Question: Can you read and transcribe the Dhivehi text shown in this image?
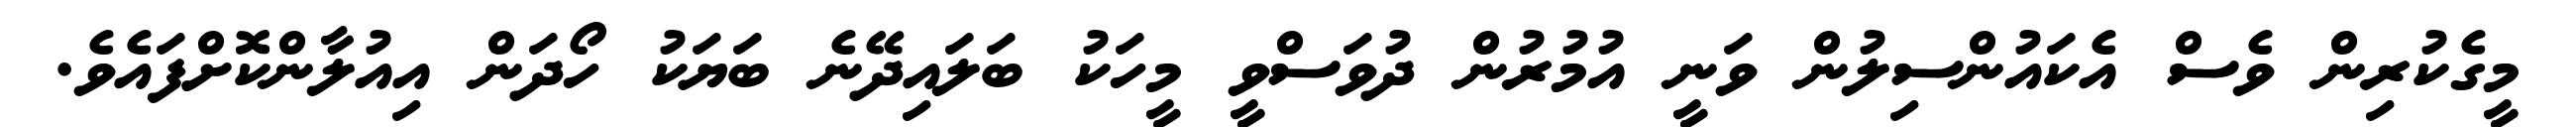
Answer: މީގެކުރިން ވެސް އެކައުންސިލުން ވަނީ އުމުރުން ދުވަސްވީ މީހަކު ބަލައިދޭނެ ބަޔަކު ހޯދަން އިއުލާންކޮށްފައެވެ.